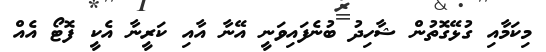
މިކަމާއި ގުޅޭގޮތުން ޝާހިދު ބުނެފައިވަނީ އޭނާ އާއި ކަރީނާ އެކީ ފޮޓޯ އެއް